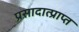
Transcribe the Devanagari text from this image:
प्रसादात्प्राप्त